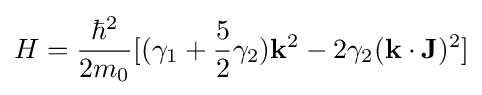
H={{\hbar ^{2}} \over {2m_{0}}}[(\gamma _{1}+{{5} \over {2}}\gamma _{2})\mathbf {k} ^{2}-2\gamma _{2}(\mathbf {k} \cdot \mathbf {J} )^{2}]